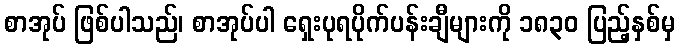
စာအုပ် ဖြစ်ပါသည်၊ စာအုပ်ပါ ရှေးပုရပိုက်ပန်းချီများကို ၁၈၃၀ ပြည့်နှစ်မှ